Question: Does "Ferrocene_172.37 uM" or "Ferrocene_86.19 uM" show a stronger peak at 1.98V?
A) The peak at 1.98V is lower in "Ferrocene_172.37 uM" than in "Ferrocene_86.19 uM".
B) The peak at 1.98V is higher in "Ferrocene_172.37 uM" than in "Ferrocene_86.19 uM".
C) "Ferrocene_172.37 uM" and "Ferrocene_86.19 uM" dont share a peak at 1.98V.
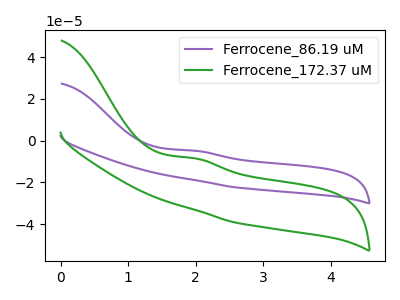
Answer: <think>The purple curve "Ferrocene_86.19 uM" has an anodic peak at: (2.00V, -4.80uA). The green curve "Ferrocene_172.37 uM" has an anodic peak at: (2.00V, -8.45uA).</think>
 <answer>A) The peak at 1.98V is lower in "Ferrocene_172.37 uM" than in "Ferrocene_86.19 uM".</answer>
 <eval>A</eval>